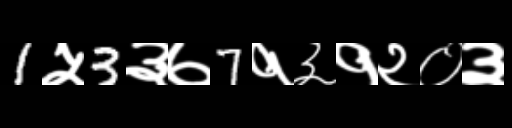
Text: 1५3३७7१३१२०३